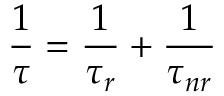
{ \frac { 1 } { \tau } } = { \frac { 1 } { \tau _ { r } } } + { \frac { 1 } { \tau _ { n r } } }